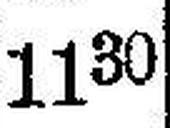
1130